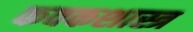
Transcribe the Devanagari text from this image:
कवकशास्त्र